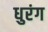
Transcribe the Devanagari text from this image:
धुरंग